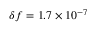
\delta f = 1 . 7 \times 1 0 ^ { - 7 }